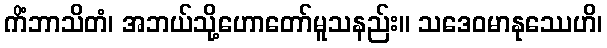
ကိံဘာသိတံ၊ အဘယ်သို့ဟောတော်မူသနည်း။ သဒေဝမာနုဿေဟိ၊